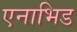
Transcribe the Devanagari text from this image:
एनाभिड